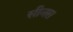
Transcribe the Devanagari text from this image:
सीनस